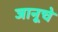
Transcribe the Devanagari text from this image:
जानूचे